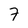
Character: 7